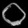
Digit: ၀